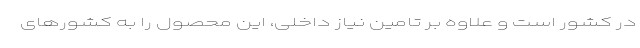
در کشور است و علاوه بر تامین نیاز داخلی، این محصول را به کشورهای